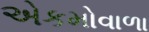
એકમોવાળા